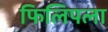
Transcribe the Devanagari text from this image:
फिलिपला